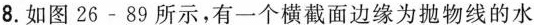
8.如图26-89所示，有一个横截面边缘为抛物线的水